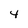
Character: 4